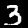
Digit: 3